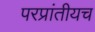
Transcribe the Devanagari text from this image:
परप्रांतीयच